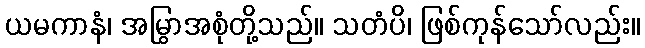
ယမကာနံ၊ အမြွာအစုံတို့သည်။ သတံပိ၊ ဖြစ်ကုန်သော်လည်း။